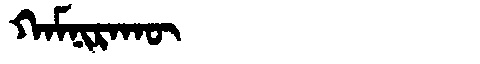
Manchu: ᡴᠠᠮᠨᡳᡵᠠᡴᡡ
Romanization: KAMNIRAKŪ